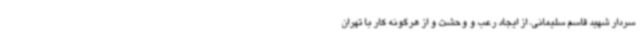
سردار شهید قاسم سلیمانی، از ایجاد رعب و وحشت و از هرگونه کار با تهران